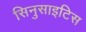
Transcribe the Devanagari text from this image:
सिनुसाइटिस